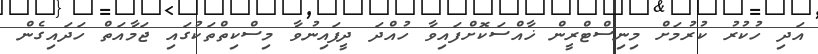
އަދި ހުކުރު ކުރުމަށް މިނިސްޓްރީން ޚާއްސަކޮށްފައިވާ ހުއްދަ ދީފައިނުވާ މިސްކިތްތަކުގައި ޖަމާއަތް ހަދައިގެން